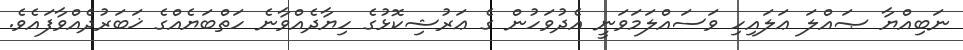
ނަބިއްޔާ ޞައްލަ ޢަލައިހި ވަސައްލަމަވަނީ އެދުވަހުން ގެ ޢަރުޝިކޮޅުގެ ހިޔާދެއްވާނެ ހަތްބަޔެއްގެ ޚަބަރުދެއްވާފައެވެ.